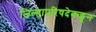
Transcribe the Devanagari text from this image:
जिल्हापरिषदेकडून